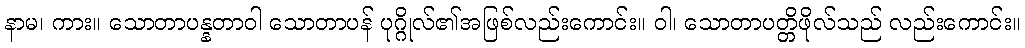
နာမ၊ ကား။ သောတာပန္နတာဝါ သောတာပန် ပုဂ္ဂိုလ်၏အဖြစ်လည်းကောင်း။ ဝါ၊ သောတာပတ္တိဖိုလ်သည် လည်းကောင်း။